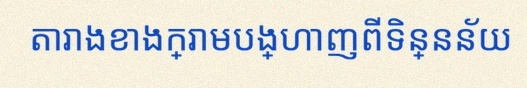
តារាងខាងក្រោមបង្ហាញពីទិន្នន័យ